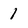
Character: 1